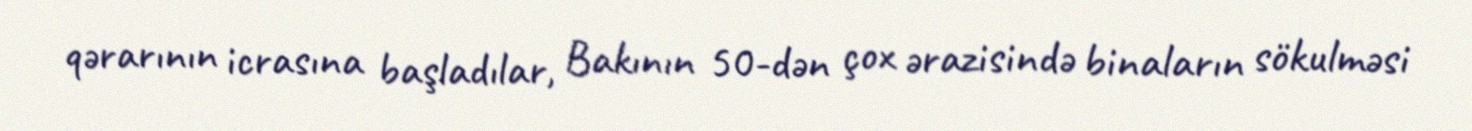
qərarının icrasına başladılar, Bakının 50-dən çox ərazisində binaların sökulməsi